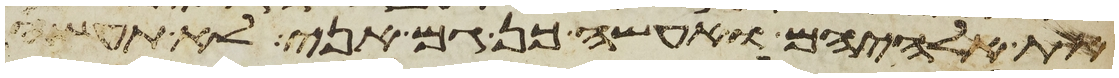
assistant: את אלהיהם ואעשה כן גם אני לא תעשה